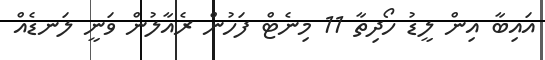
އައިބާ އިން ލީޑު ހޯދިތާ 11 މިނެޓް ފަހުން ރެއާލުން ވަނީ ލަނޑެއް